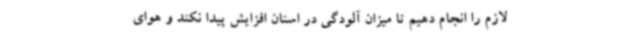
لازم را انجام دهیم تا میزان آلودگی در استان افزایش پیدا نکند و هوای